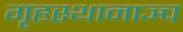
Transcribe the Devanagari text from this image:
गृहस्थानाञ्च